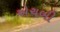
એચબી